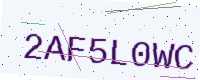
Text: 2AF5L0WC